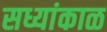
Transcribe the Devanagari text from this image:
सध्यांकाळ